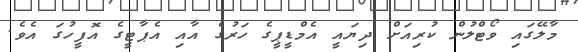
މާލޭގައި ވޯޓްލުން ކުރިއަށް ދިޔައީ އެމްޑީޕީގެ ހަރުގެ އާއި އެޕާޓީގެ އޮފީހުގަ އެވެ.